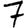
Digit: 7